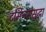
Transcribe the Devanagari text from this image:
टर्मिनससुद्धा